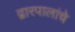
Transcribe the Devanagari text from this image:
द्वारपालांचे